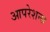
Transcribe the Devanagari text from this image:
आपरेशन्स